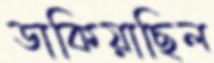
ডাকিয়াছিল